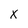
Character: x